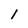
Character: 1